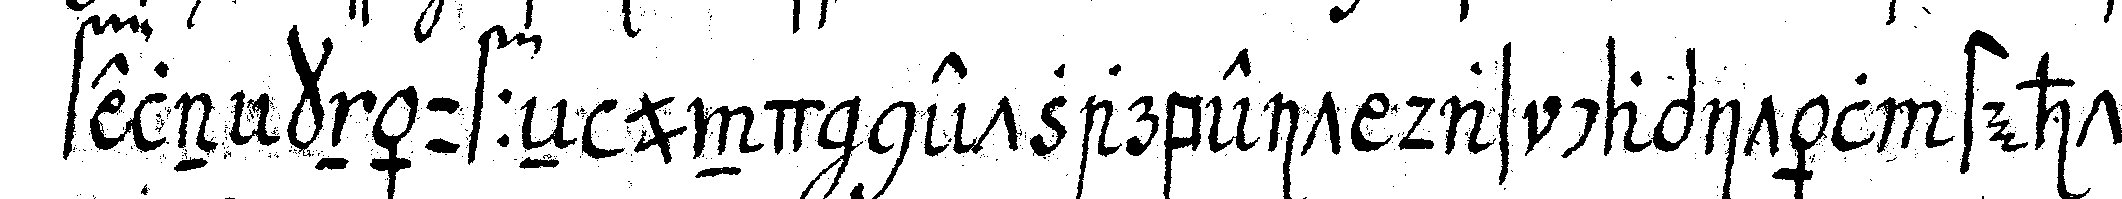
feln knäuffeN und netzarbeit das capitäl steht